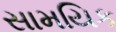
સામયિક